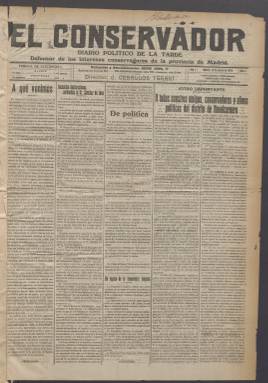
Título: El Conservador (Madrid. 1914)
Colección: Periódicos
Ámbito geográfico: Madrid
Lugar de publicación: Madrid
Fechas: 12/01/1914-16/06/1914